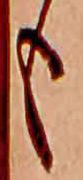
も